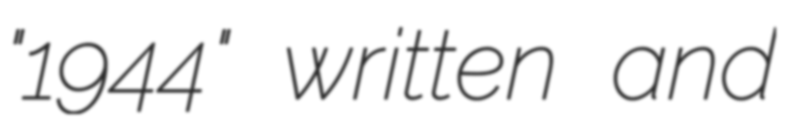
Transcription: "1944" written and